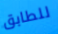
للطابق